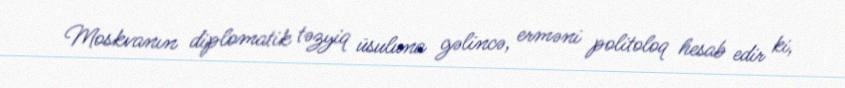
Moskvanın diplomatik təzyiq üsuluna gəlincə, erməni politoloq hesab edir ki,